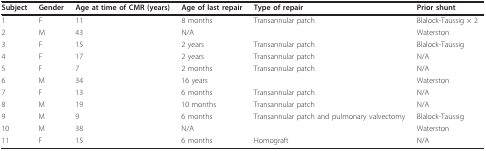
| Subject | Gender | Age at time of CMR (years) | Age of last repair | Type of repair | Prior shunt |
 | --- | --- | --- | --- | --- | --- |
 | 1 | F | 11 | 8 months | Transannular patch | Blalock-Taussig × 2 |
 | 2 | M | 43 | N/A |  | Waterston |
 | 3 | F | 15 | 2 years | Transannular patch | Blalock-Taussig |
 | 4 | F | 17 | 2 years | Transannular patch | N/A |
 | 5 | F | 7 | 2 months | Transannular patch | N/A |
 | 6 | M | 34 | 16 years |  | Waterston |
 | 7 | F | 13 | 6 months | Transannular patch | N/A |
 | 8 | M | 19 | 10 months | Transannular patch | N/A |
 | 9 | M | 9 | 6 months | Transannular patch and pulmonary valvectomy | Blalock-Taussig |
 | 10 | M | 38 | N/A |  | Waterston |
 | 11 | F | 15 | 6 months | Homograft | N/A |